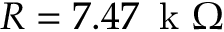
R = 7 . 4 7 \, \textrm { k } \Omega